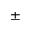
{ \pm }